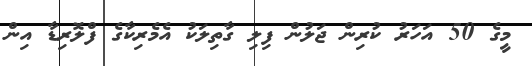
މީގެ 50 އަހަރު ކުރިން ޖަލުން ފިލި ގާތިލަކު އެމެރިކާގެ ފްލޮރިޑާ އިން